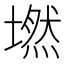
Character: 𡑋